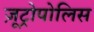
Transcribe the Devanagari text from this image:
ज़ूट्रोपोलिस